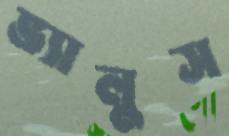
ভ্যালুস